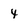
Character: 4